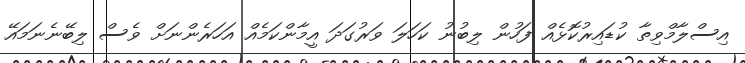
އިސްލާމްވިތާ ކުޑައިރުކޮޅެއް ފަހުން ލިބުނު ކަހަލަ ވަރުގަދަ އީމާންކަމެއް އަހަރެންނަށް ވެސް ލިބޭނެނަމައޭ